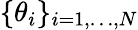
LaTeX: \{ \theta_{i}\} _{i=1,\ldots,N}